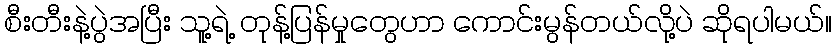
စီးတီးနဲ့ပွဲအပြီး သူ့ရဲ့ တုန့်ပြန်မှုတွေဟာ ကောင်းမွန်တယ်လို့ပဲ ဆိုရပါမယ်။